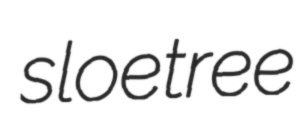
sloetree